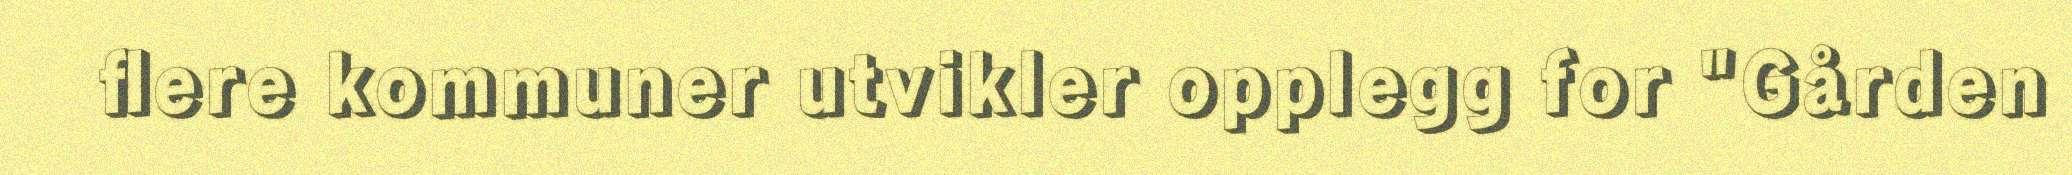
flere kommuner utvikler opplegg for "Gården